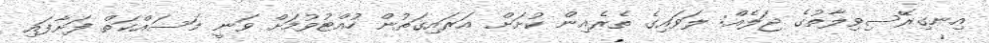
އިނގިރޭސިވިލާތުގެ ޖަލެއް: ލަވައިގެ ތެރެއިން ކުށަށް އަރައިގަތުން ހުއްޓުވުމަށް ވަނީ މަސައްކަތް ފަށާފައި